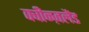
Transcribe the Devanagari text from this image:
क्वीन्ज़लैंड